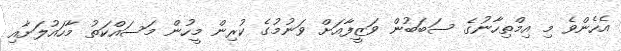
އެހެންވެ މި އިމްތިހާނުގެ ސަބަބުން ވަޒީފާއަށް ވަނުމުގެ ކުރިން މީހުން މަސައްކަތު މާހައުލަށާއި